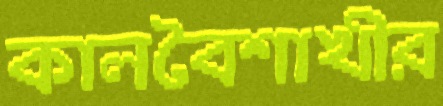
কালবৈশাখীর